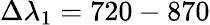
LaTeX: \Delta\lambda_{1}=720-870